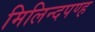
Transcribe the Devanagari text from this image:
मिलिन्दपण्ह